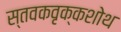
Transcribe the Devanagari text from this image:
स्तवकवृक्कशोथ